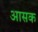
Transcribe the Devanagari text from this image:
आसक